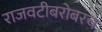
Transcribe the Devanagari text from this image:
राजवटीबरोबरच